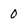
Character: 0